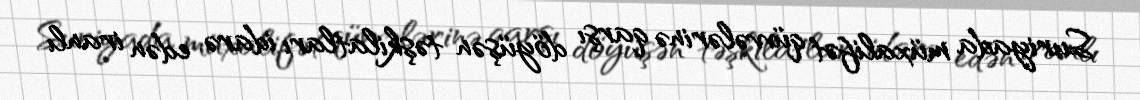
Suriyada müxalifət qüvvələrinə qarşı döyüşən təşkilatları idarə edən iranlı